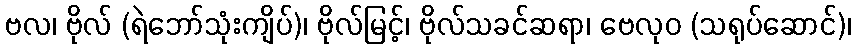
ဗလ၊ ဗိုလ် (ရဲဘော်သုံးကျိပ်)၊ ဗိုလ်မြင့်၊ ဗိုလ်သခင်ဆရာ၊ ဗေလုဝ (သရုပ်ဆောင်)၊